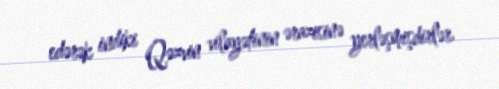
edərək indiki Qəzvin vilayətinin ərazisinə yerləşmişdirlər.